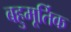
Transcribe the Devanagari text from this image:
बहुमूर्तिक